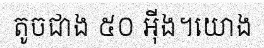
តូចជាង ៥០ អ៊ីង។យោង